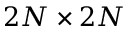
2 N \times 2 N